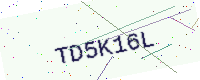
Text: TD5K16L